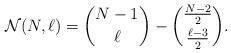
LaTeX: \begin{align*}{\cal{N}}(N,\ell) = { N-1 \choose \ell} -{\frac{N-2}{2} \choose \frac{\ell- 3}{2} }.\end{align*}